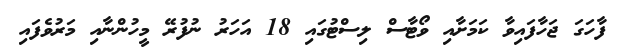
ފާހަގަ ޖަހާފައިވާ ކަމަށާއި ވޯޓާސް ލިސްޓުގައި 18 އަހަރު ނުފުރޭ މީހުންނާއި މަރުވެފައި